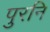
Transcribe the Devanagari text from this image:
पुरनि